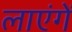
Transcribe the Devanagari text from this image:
लाएंगें